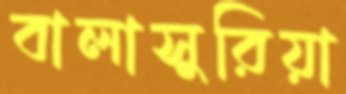
বালাসুরিয়া